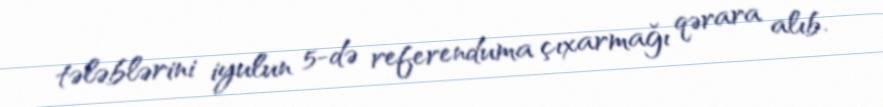
tələblərini iyulun 5-də referenduma çıxarmağı qərara alıb.